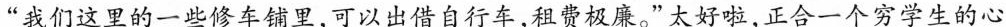
“我们这里的一些修车铺里，可以借出自行车，租费极廉价。”太好啦，正合一个穷学生的心